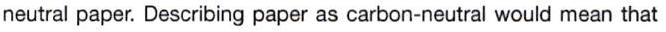
neutral paper. Describing paper as carbon-neutral would mean that